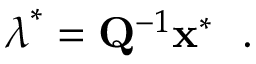
\boldsymbol { \lambda } ^ { * } = \mathbf { Q } ^ { - 1 } \mathbf { x } ^ { * } \ \mathrm { ~ . ~ }